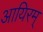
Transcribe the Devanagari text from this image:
आयिरम्